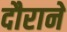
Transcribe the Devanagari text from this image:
दौराने